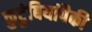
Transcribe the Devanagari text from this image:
कुटुंबियांपैकी